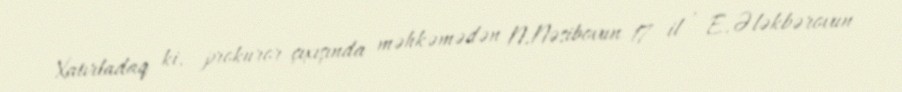
Xatırladaq ki, prokuror çıxışında məhkəmədən N.Nəsibovun 17 il , E.Ələkbərovun